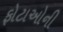
ફોટાઓની